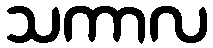
သကာလ